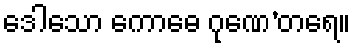
ဒေါသော ကောဓေ ဂုဏေ’တရေ။